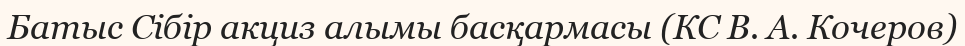
Батыс Сібір акциз алымы басқармасы (КС В. А. Кочеров)